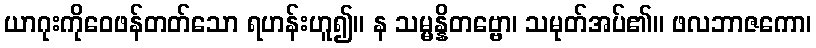
ယာဂုးကိုဝေဖန်တတ်သော ရဟန်းဟူ၍။ န သမ္မန္နိတဗ္ဗော၊ သမုတ်အပ်၏။ ဖလဘာဇကော၊